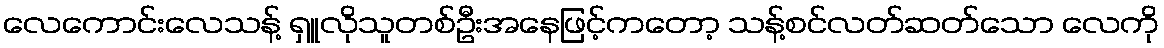
လေကောင်းလေသန့် ရှူလိုသူတစ်ဦးအနေဖြင့်ကတော့ သန့်စင်လတ်ဆတ်သော လေကို